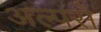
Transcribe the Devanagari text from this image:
अल्पसे